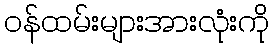
ဝန်ထမ်းများအားလုံးကို